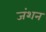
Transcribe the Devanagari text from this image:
जंशन